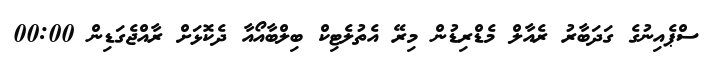
ސްޕެއިނުގެ ގަދަބާރު ރެއާލް މެޑްރިޑުން މިރޭ އެތުލެޓިކް ބިލްބާއޯއާ ދެކޮޅަށް ރާއްޖެގަޑިން 00:00